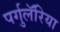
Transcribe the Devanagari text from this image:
पर्गुलॅरिया